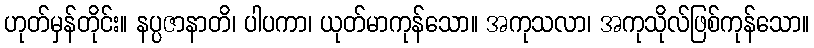
ဟုတ်မှန်တိုင်း။ နပ္ပဇာနာတိ၊ ပါပကာ၊ ယုတ်မာကုန်သော။ အကုသလာ၊ အကုသိုလ်ဖြစ်ကုန်သော။